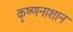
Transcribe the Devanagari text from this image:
कृष्णनाशान